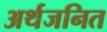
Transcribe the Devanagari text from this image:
अर्थजनित